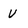
Character: U